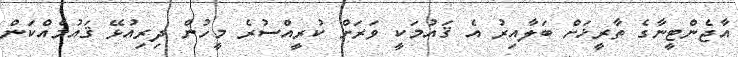
އާޖެންޓީނާގެ ތާރީޚަށް ބަލާއިރު އެ ޤައުމަކީ ވަރަށް ކުރީއްސުރެ މީހުން ދިރިއުޅޭ ޤައުމެއްކަން